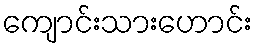
ကျောင်းသားဟောင်း